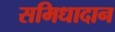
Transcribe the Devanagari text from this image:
समिधादान